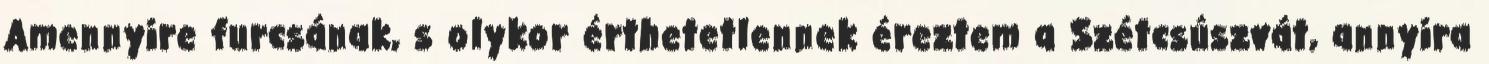
Amennyire furcsának, s olykor érthetetlennek éreztem a Szétcsúszvát, annyira